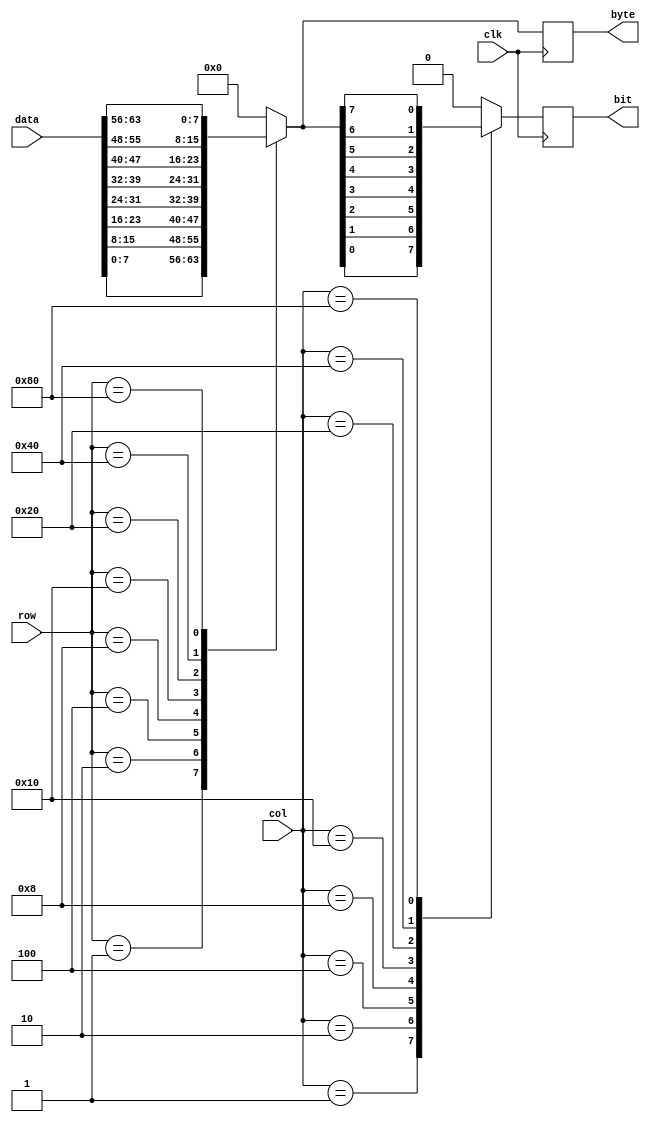
`timescale 1ns / 1ps
//////////////////////////////////////////////////////////////////////////////////
// Company: 
// Engineer: 
// 
// Design Name: 
// Module Name: row_buff
// Project Name: 
// Target Devices: 
// Tool Versions: 
// Description: 
// 
// Dependencies: 
// 
// Revision:
// Revision 0.01 - File Created
// Additional Comments:
// 
//////////////////////////////////////////////////////////////////////////////////


module row_buff(input [7:0]row,col, 
                input clk,
                input [63:0]data,
                output reg [7:0]byte, 
                output reg bit);
                
                always@(posedge clk)
                begin
                case(row[7:0])
                8'b00000001: byte[7:0] = data[7:0];
                8'b00000010: byte[7:0] = data[15:8];
                8'b00000100: byte[7:0] = data[23:16];
                8'b00001000: byte[7:0] = data[31:24];
                8'b00010000: byte[7:0] = data[39:32];
                8'b00100000: byte[7:0] = data[47:40];
                8'b01000000: byte[7:0] = data[55:48];
                8'b10000000: byte[7:0] = data[63:56];
                default : byte[7:0] = 0;
                endcase
                
                case(col[7:0])
                8'b00000001: bit = byte[0];
                8'b00000010: bit = byte[1];
                8'b00000100: bit = byte[2];
                8'b00001000: bit = byte[3];
                8'b00010000: bit = byte[4];
                8'b00100000: bit = byte[5];
                8'b01000000: bit = byte[6];
                8'b10000000: bit = byte[7];
                default : bit = 0;
                endcase
                end
endmodule